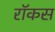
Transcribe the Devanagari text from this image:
रॉकस